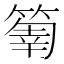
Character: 𥰬